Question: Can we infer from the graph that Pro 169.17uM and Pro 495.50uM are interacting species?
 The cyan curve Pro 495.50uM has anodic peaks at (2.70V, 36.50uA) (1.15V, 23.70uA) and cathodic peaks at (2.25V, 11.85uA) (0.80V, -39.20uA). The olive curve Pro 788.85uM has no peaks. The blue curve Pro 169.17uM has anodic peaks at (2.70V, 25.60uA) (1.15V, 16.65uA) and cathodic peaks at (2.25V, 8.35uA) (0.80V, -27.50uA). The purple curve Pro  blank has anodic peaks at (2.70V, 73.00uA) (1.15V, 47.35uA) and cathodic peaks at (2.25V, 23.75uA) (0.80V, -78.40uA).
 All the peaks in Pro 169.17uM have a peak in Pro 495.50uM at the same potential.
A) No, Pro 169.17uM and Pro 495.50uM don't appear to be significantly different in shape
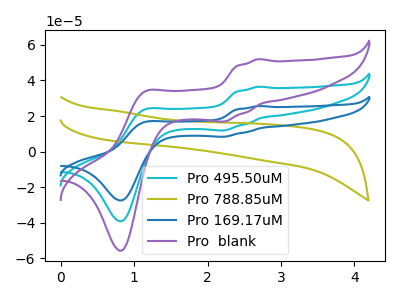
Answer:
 <answer>A) No, "Pro 169.17uM" and "Pro 495.50uM" don't appear to be significantly different in shape</answer>
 <eval>A</eval>